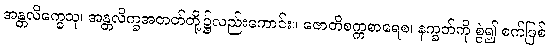
အန္တလိက္ခေသု၊ အန္တလိက္ခအတတ်တို့၌လည်းကောင်း။ ဇောတိစက္ကစာရေစ၊ နက္ခတ်ကို စွဲ၍ စက်ဖြစ်